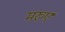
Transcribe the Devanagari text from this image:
मरुए